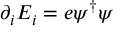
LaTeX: \partial _ { i } E _ { i } = e \psi ^ { \dagger } \psi